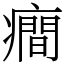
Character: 癎